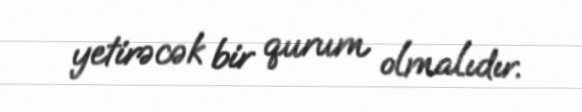
yetirəcək bir qurum olmalıdır.